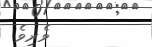
ވެރިވެ